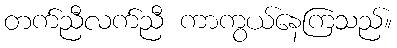
တက်ညီလက်ညီ ကာကွယ်နေကြသည်။